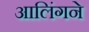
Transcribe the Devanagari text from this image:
आलिंगने